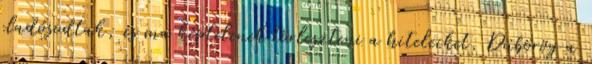
eladósodtak, és ma képtelenek törleszteni a hiteleiket. Dübörög a